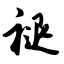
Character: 褪